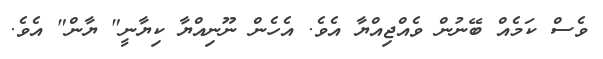
ވެސް ކަމެއް ބޭނުން ވެއްޖިއްޔާ އެވެ. އެހެން ނޫނިއްޔާ ކިޔާނީ" ޔާން" އެވެ.